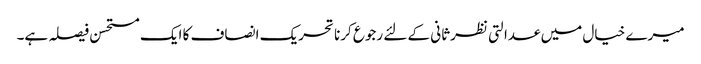
میرے خیال میں عدالتی نظرثانی کے لئے رجوع کرنا تحریک انصاف کا ایک مستحسن فیصلہ ہے۔